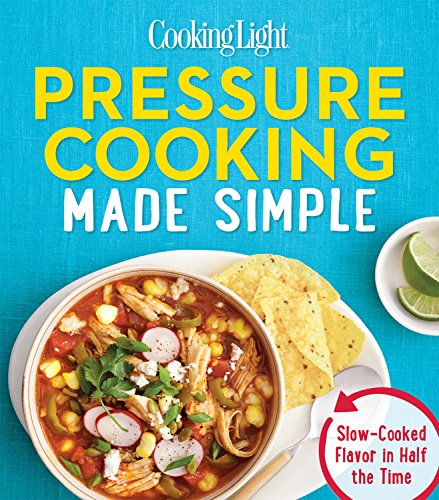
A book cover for Cooking Light Pressure Cooking Made Simple: Slow-Cooked Flavor in Half the Time; Editors of Cooking Light Magazine; Cookbooks, Food & Wine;